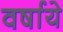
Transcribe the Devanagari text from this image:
वर्षाये